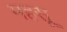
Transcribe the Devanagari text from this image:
महसू